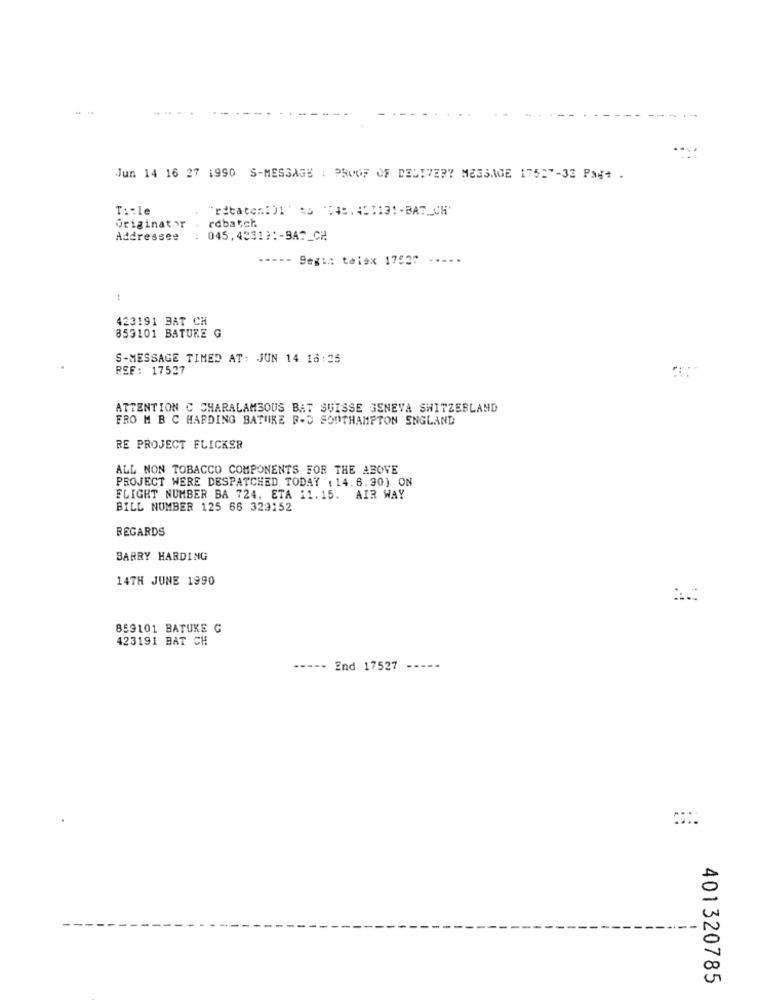
Jun 14 16 27 1990 S-MESSAGE : PROOF OF DELIVERY MESSAGE 175:"-33 PaGt .
Ti:le
"ribaton: )1 ' $3 '04. 421131 -BAT_CH'
rdbatch
originator
Addressee
: 045,4331) :- 9A2_CH
.---- Begin talex 1753"
:
423191 BAT CH
853101 BATURE G
S-MESSAGE TIMED AT: JUN 14 16:35
REE: 17527
ATTENTION C CHARALAMSOUS BAT SUISSE GENEVA SWITZERLAND
FRO M B C HARDING BATURE B-D SOUTHAMPTON ENGLAND
RE PROJECT FLICKER
ALL NON TOBACCO COMPONENTS FOR THE ABOVE
PROJECT WERE DESPATCHED TODAY ( 14.6.90) ON
FLIGHT NUMBER BA 724. ETA 11.15. AIR WAY
BILL NUMBER 125 66 323152
REGARDS
BARRY HARDING
14TH JUNE 1990
859101 BATUKE G
423191 BAT CH
---- End 17527 -----
401320785